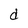
Character: d